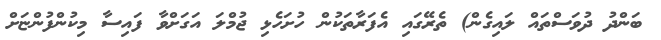
ބަންދު ދުވަސްތައް ލައިގެން) ތެރޭގައި އެފަރާތަކުން ހުށަހެޅި ޖުމްލަ އަގަށްވާ ފައިސާ މިކުންފުންޏަށް